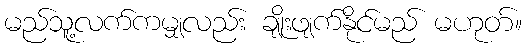
မည်သူ့လက်ကမျှလည်း ချိုးဖျက်နိုင်မည် မဟုတ်။